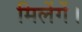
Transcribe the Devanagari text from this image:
मिलेंगें।